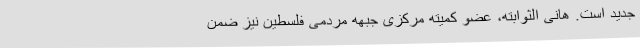
جدید است. هانی الثوابته، عضو کمیته مرکزی جبهه مردمی فلسطین نیز ضمن